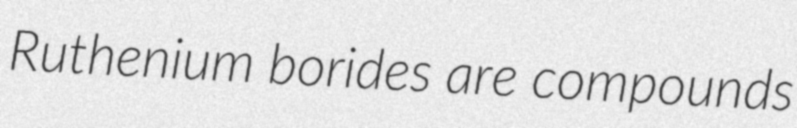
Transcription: Ruthenium borides are compounds